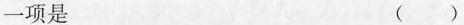
一项是 ()